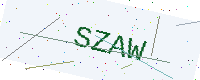
Text: SZAW